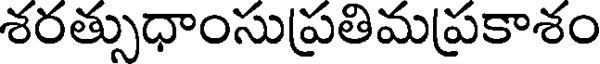
శరత్సుధాంసుప్రతిమప్రకాశం